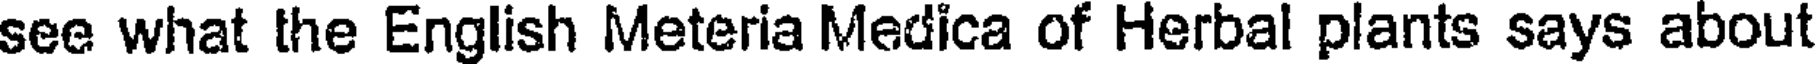
see what the English Meteria Medica of Herbal plants says about